Malarial fevers
Disease focus: Malaria
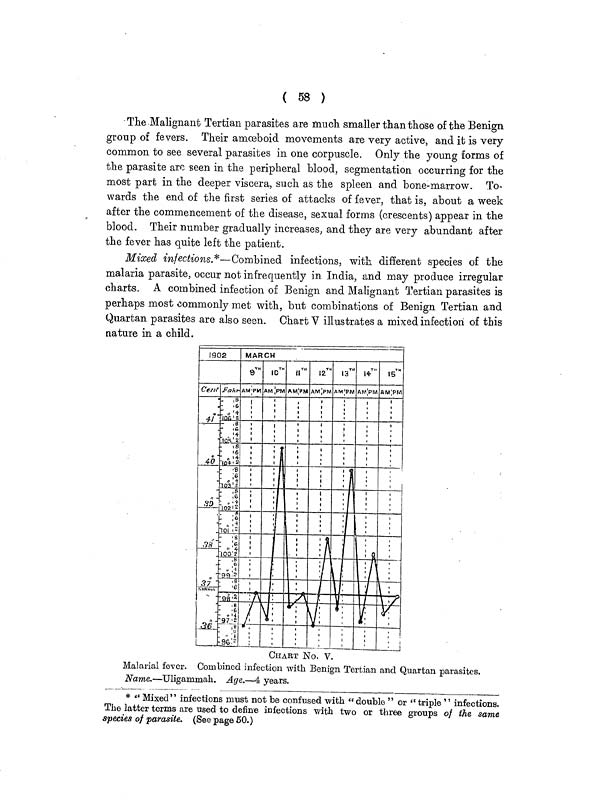
( 58 )
The Malignant Tertian parasites are much smaller than those of the Benign
group of fevers. Their amoeboid movements are very active, and it is very
common to see several parasites in one corpuscle. Only the young forms of
the parasite arc seen in the peripheral blood, segmentation occurring for the
most part in the deeper viscera, such as the spleen and bone-marrow. To-
wards the end of the first series of attacks of fever, that is, about a week
after the commencement of the disease, sexual forms (crescents) appear in the
blood. Their number gradually increases, and they are very abundant after
the fever has quite left the patient.
Mixed infections.*—Combined infections, with different species of the
malaria parasite, occur not infrequently in India, and may produce irregular
charts. A combined infection of Benign and Malignant Tertian parasites is
perhaps most commonly met with, but combinations of Benign Tertian and
Quartan parasites are also seen. Chart V illustrates a mixed infection of this
nature in a child.
CHART No. V.
Malarial fever. Combined infection with Benign Tertian and Quartan parasites.
Name,.—Uligarnmak. Age.—4 years.
* " Mixed" infections must not be confused with "double " or "triple " infections.
The latter terms are used to define infections with two or three groups of the same
species of parasite. (See page 50.)